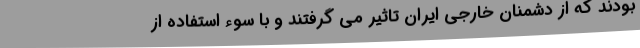
بودند که از دشمنان خارجی ایران تاثیر می گرفتند و با سوء استفاده از